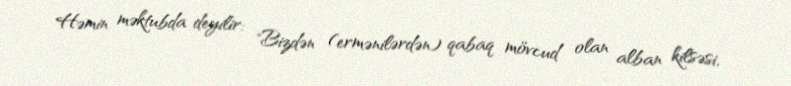
Həmin məktubda deyilir: "Bizdən (ermənilərdən) qabaq mövcud olan alban kilsəsi,